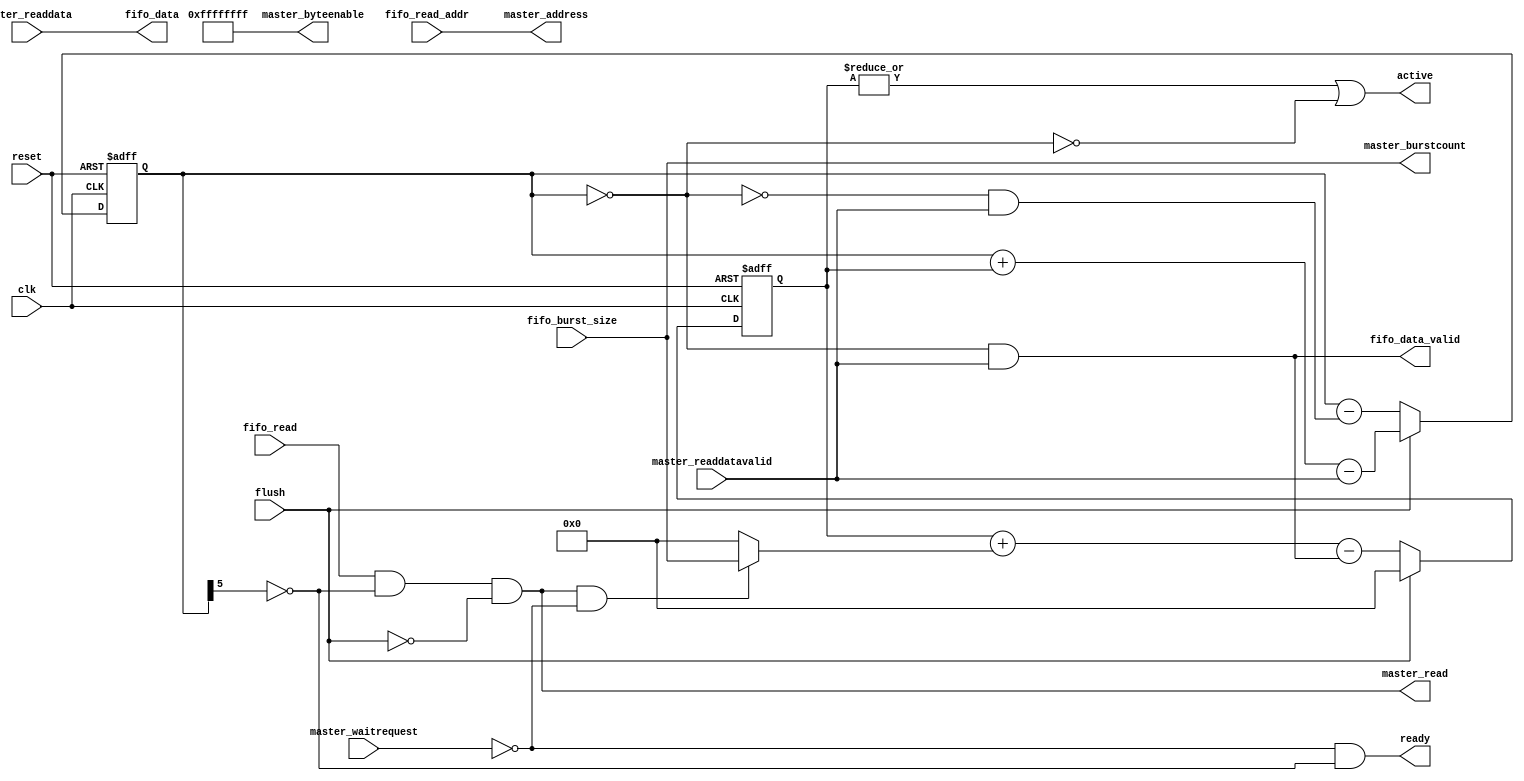
module lsu_streaming_prefetch_avalon_bust_master #(
        parameter AWIDTH           = 32,
        parameter MWIDTH           = 256,
        parameter MWIDTH_BYTES     = 32,
        parameter BURSTCOUNT_WIDTH = 6,
        parameter FIFO_DEPTH_LOG2   = 5
    ) (
        input clk,
        input reset,
        input flush,
        output active,
        output                            ready,
        input            [AWIDTH - 1 : 0] fifo_read_addr,
        input                             fifo_read,
        input  [BURSTCOUNT_WIDTH - 1 : 0] fifo_burst_size,
        output                            fifo_data_valid,
        output            [MWIDTH -1 : 0] fifo_data,
        output           [AWIDTH - 1 : 0] master_address,
        output                            master_read,
        output     [MWIDTH_BYTES - 1 : 0] master_byteenable,
        input            [MWIDTH - 1 : 0] master_readdata,
        input                             master_readdatavalid,
        output [BURSTCOUNT_WIDTH - 1 : 0] master_burstcount,
        input                             master_waitrequest
    );
    reg  [FIFO_DEPTH_LOG2 : 0] pending_reads;
    reg  [FIFO_DEPTH_LOG2 : 0] pending_discards; 
    wire                      keep_read;
    wire                      avm_read_accepted;
    wire                      finished_discard;
    wire                      can_discard_full_burst;
    always @(posedge clk or posedge reset) begin
        if (reset) begin
            pending_reads <= 0;
            pending_discards <= 0;
        end else begin
            if (flush) begin
                pending_reads <= 0;
                pending_discards <= pending_discards + pending_reads - master_readdatavalid;
            end else begin
                pending_reads <= pending_reads + (avm_read_accepted ? master_burstcount : 0) - keep_read;
                pending_discards <= pending_discards - (~finished_discard & master_readdatavalid);
            end
        end
    end
    assign finished_discard = (pending_discards == 0);
    assign can_discard_full_burst = ~pending_discards[FIFO_DEPTH_LOG2];
    assign keep_read = finished_discard & master_readdatavalid;
    assign avm_read_accepted = master_read & !master_waitrequest;
    assign ready = !master_waitrequest & can_discard_full_burst;
    assign master_address = fifo_read_addr;
    assign master_read = fifo_read & can_discard_full_burst & !flush;
    assign master_byteenable = {MWIDTH_BYTES{1'b1}};
    assign master_burstcount = fifo_burst_size;
    assign fifo_data = master_readdata;
    assign fifo_data_valid = keep_read;
    assign active = |pending_reads | ~finished_discard;
endmodule